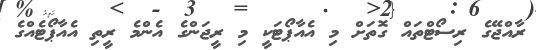
ރާއްޖޭގެ ރިސޯޓްތައް ގޮތަށް މި އެއާޕޯޓަކީ މި ރީޖަންގެ އެންމެ ރީތި އެއާޕޯޓެއްގެ